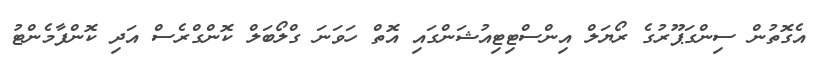
އެގޮތުން ސިންގަޕޫރުގެ ރޯޔަލް އިންސްޓިޓިއުޝަންގައި އޮތް ހަވަނަ ގްލޯބަލް ކޮންގްރެސް އަދި ކޮންފާމެންޓު